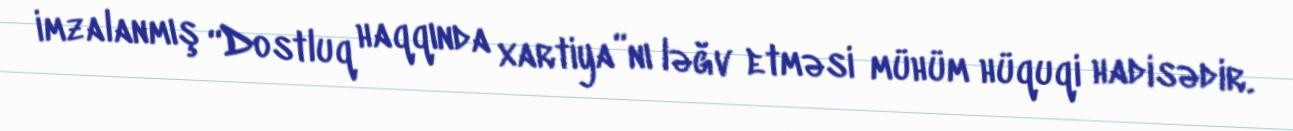
imzalanmış “Dostluq haqqında xartiya”nı ləğv etməsi mühüm hüquqi hadisədir.